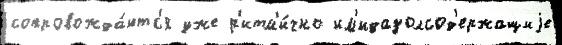
сопровожда́ютс'я уже р'итм'и́чно им'идазолсод'ержащиjе